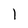
Character: 1